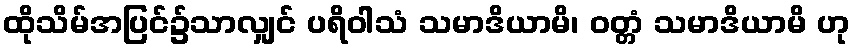
ထိုသိမ်အပြင်၌သာလျှင် ပရိဝါသံ သမာဒိယာမိ၊ ဝတ္တံ သမာဒိယာမိ ဟု